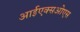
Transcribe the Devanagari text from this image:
आईएक्सओएस